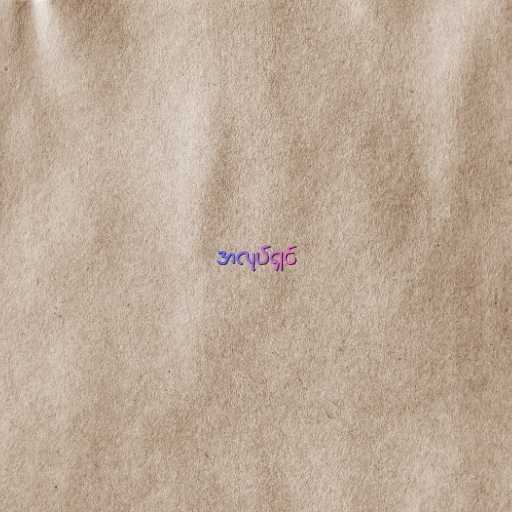
အလုပ်ရှင်